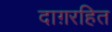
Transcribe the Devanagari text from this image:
दाग़रहित